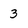
Character: 3